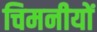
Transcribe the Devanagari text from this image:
चिमनीयों